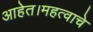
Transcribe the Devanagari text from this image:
आहेत।महत्वाचे